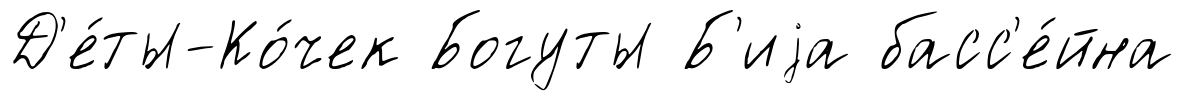
Д'е́ты-Ко́чек Богуты Б'иjа басс'е́йна